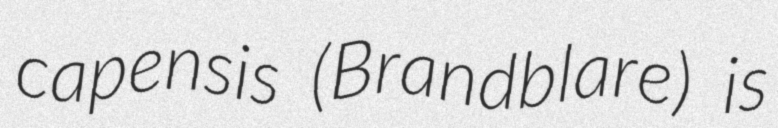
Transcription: capensis (Brandblare) is